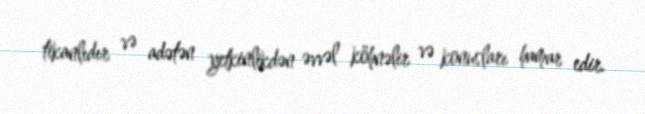
tikanlıdır və adətən yetkinlikdən əvvəl köhnəlir və konusları hamar edir.